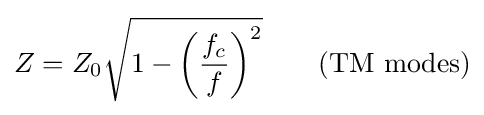
Z=Z_{0}{\sqrt {1-\left({\frac {f_{c}}{f}}\right)^{2}}}\qquad {\mbox{(TM modes)}}